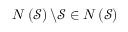
N \left( { \mathcal { S } } \right) \backslash { \mathcal { S } } \in N \left( { \mathcal { S } } \right)